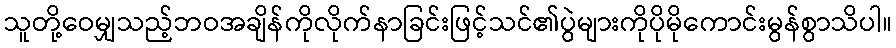
သူတို့ဝေမျှသည့်ဘဝအချိန်ကိုလိုက်နာခြင်းဖြင့်သင်၏ပွဲများကိုပိုမိုကောင်းမွန်စွာသိပါ။